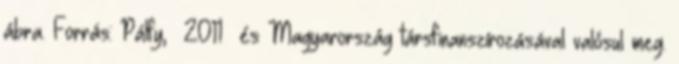
ábra. Forrás: Pálfy, 2011 és Magyarország társfinanszírozásával valósul meg.